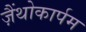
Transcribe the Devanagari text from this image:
ज़ैंथोकार्पम